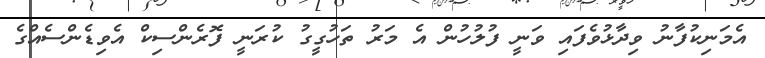
އެމަނިކުފާނު ވިދާޅުވެފައި ވަނީ ފުލުހުން އެ މަރު ތަހުގީގު ކުރަނީ ފޮރެންސިކް އެވިޑެންސެއްގެ